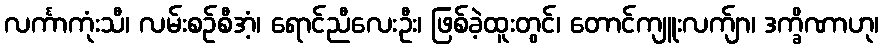
လင်္ကာကုံးသီ၊ လမ်းစဉ်စီအံ့၊ ရောင်ညီလေးဦး၊ ဖြစ်ခဲ့ထူးတွင်၊ တောင်ကျူးလက်ျာ၊ ဒက္ခိဏာဟု၊